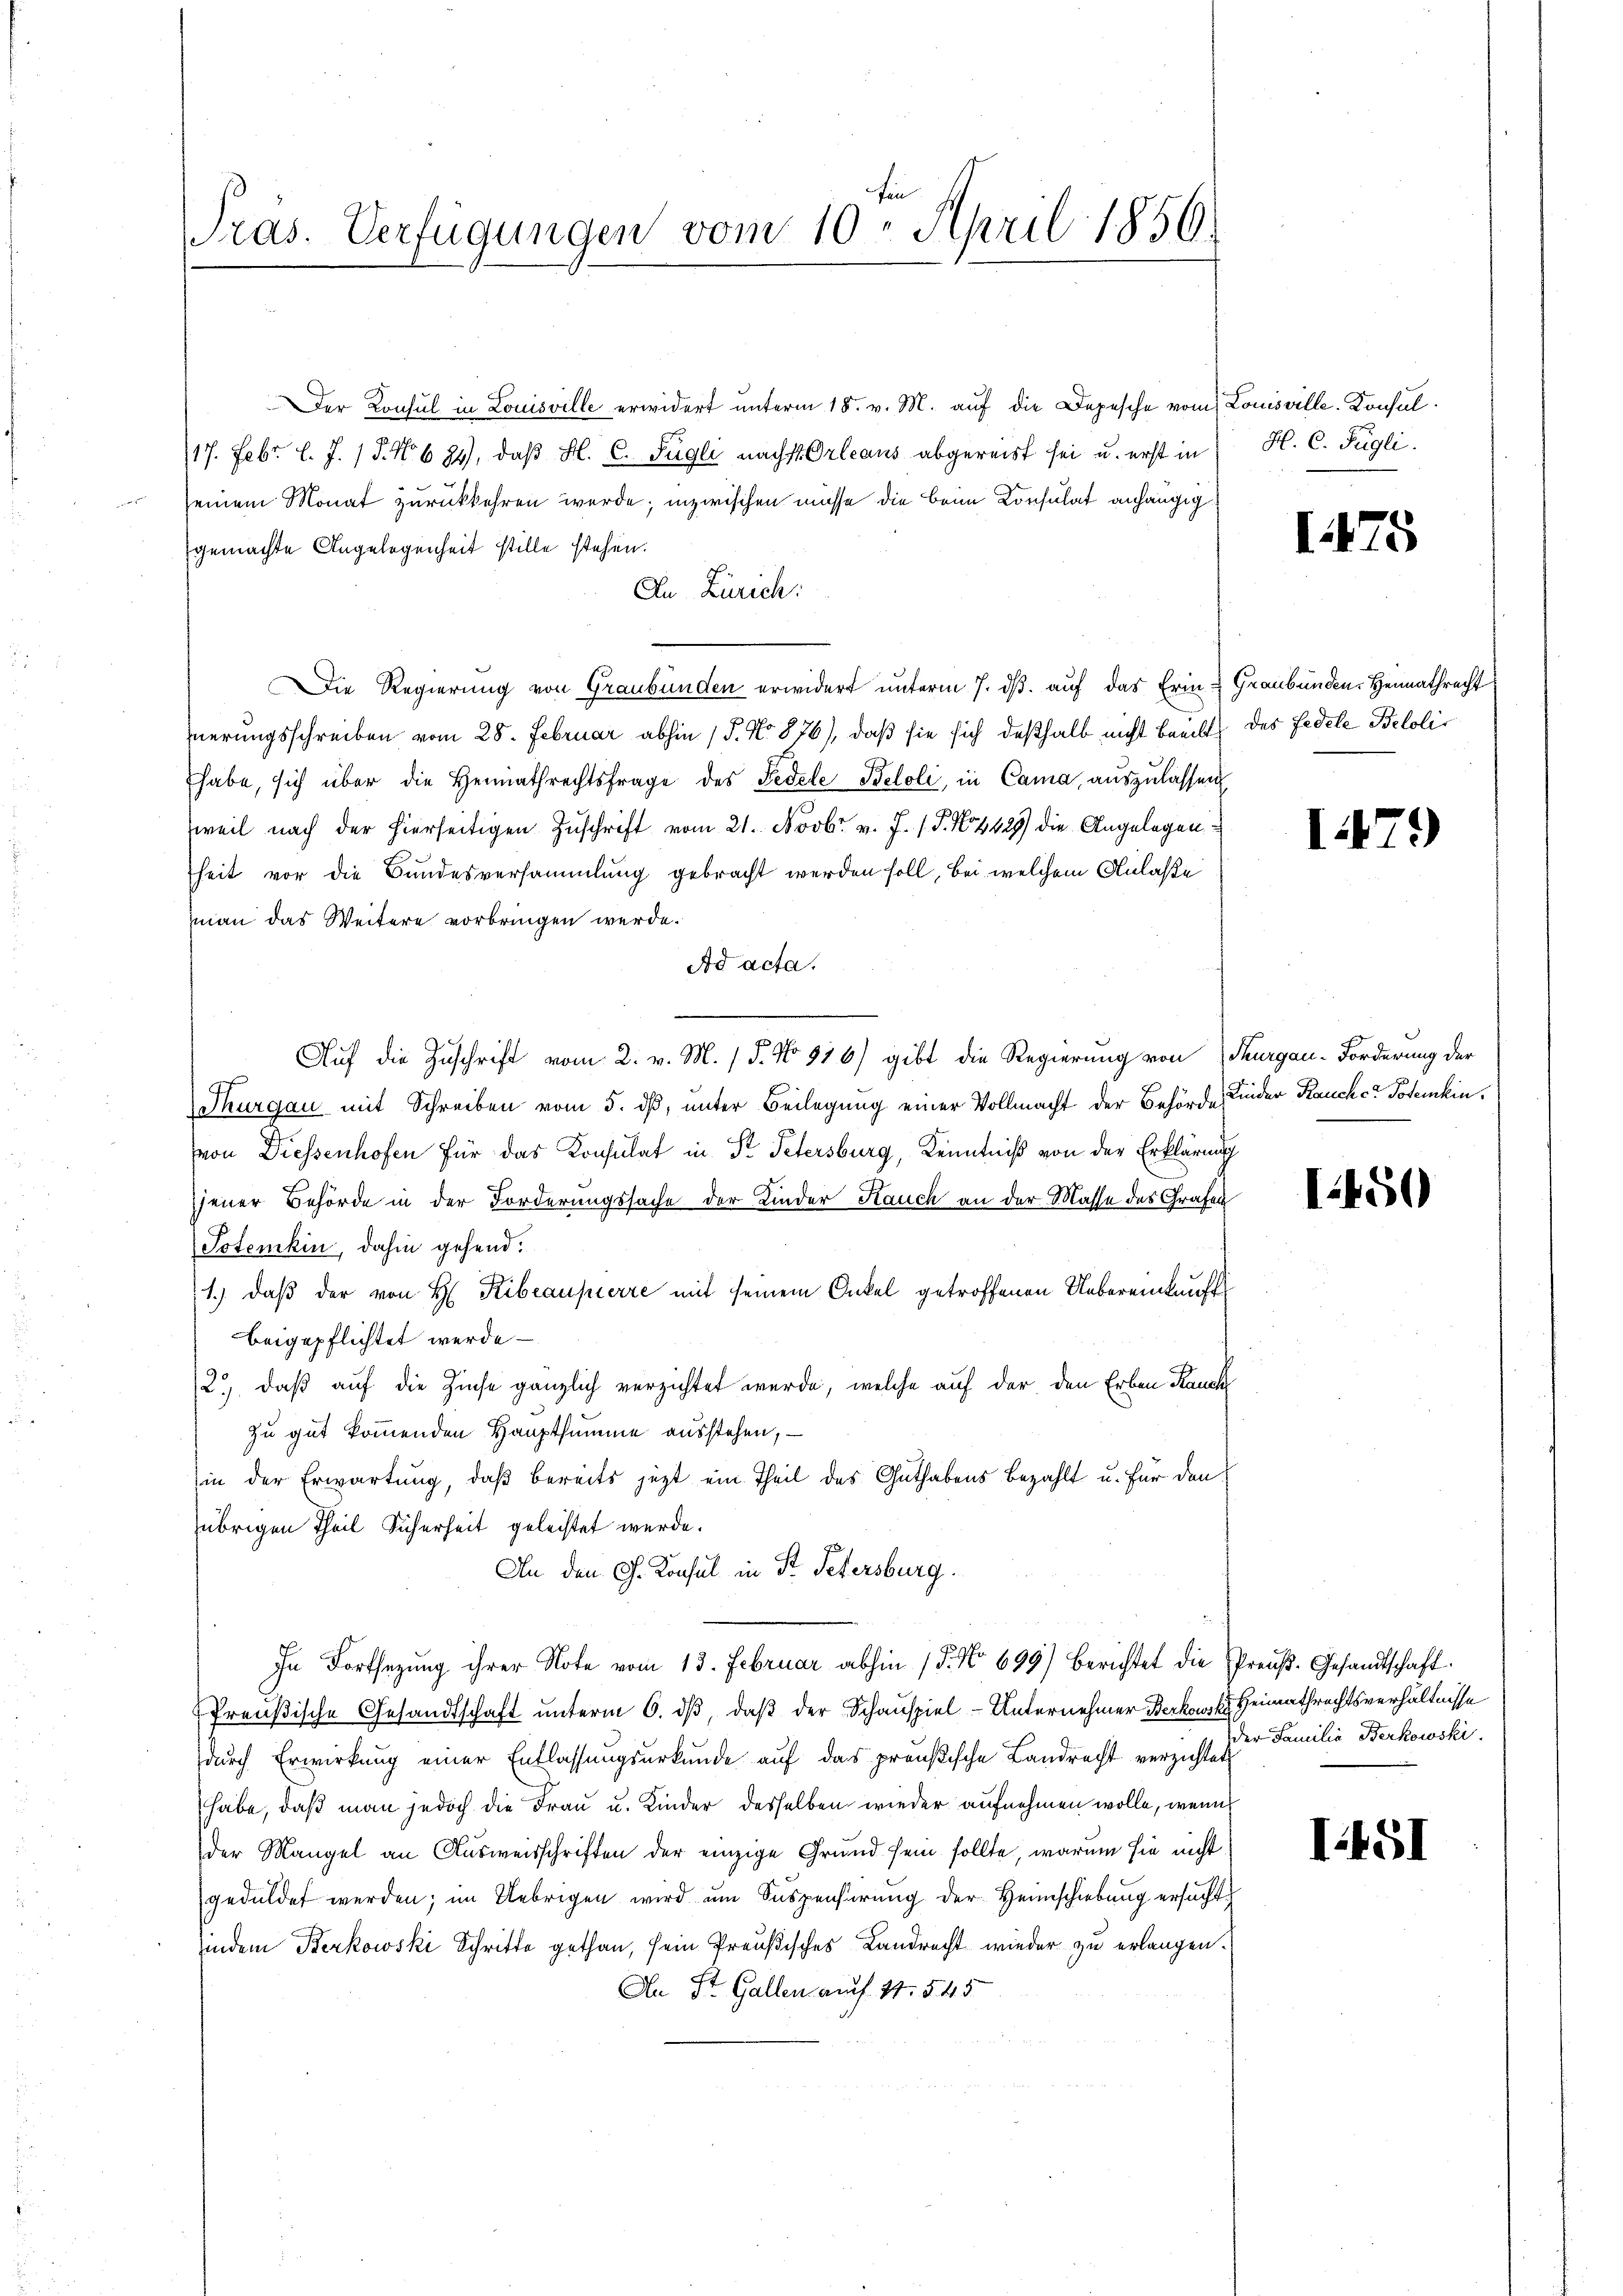
ras. Verfügungen vom 10. April 1856.

Der Konsul in Louisville erwidert unterm 18. v. M. auf die Depesche vom Louisville-Konsul¬
17. Febr. l. J. 17. No 694), daβ H. C. Fügli nachst Orleans abgereist sei u. erst in H. C. Fügli
seinem Monat zurückkehren werde; inzwischen müsse die beim Consulat anhängiggemachte Angelegenheit stille stehen.
An Zürich:
DDie Regierung von Graubünden erwidert unterm 7. ds. auf das Erin- Graubünden. Heimathrecht
uerungsschreiben vom 28. Februar abhin 15. No 876), daß sie sich deßhalb nicht beeilt des Fedele Belolihabe, sich über die Heimathrechtsfrage des Fedele Beloli, in Cama, aŭszŭlassen
weil nach der hierseitigen Zuschrift vom 21. Novbr. v. J. (T. 4429) die Angelegen
heit vor die Bundesversammlung gebracht werden soll, bei welchem Anlaße
man das Weitere vorbringen werde.
Ad acta.
Auf die Zuschrift vom 2. v. M. / 5. No 876) gibt die Regierung von Thurgau-Forderung der
Thurgau mit Schreiben vom 5. dß, unter Beilegung einer Vollmacht der Behörde Kinder Rauche Totenkin
von Diessenhofen für das Konsulat in Sr. Petersburg, Kenntniß von der Erklärung
jener Behörde in der Forderungssache der Kinder Hauch an der Masse des Grafen
Sotemkin, dahin gehend.
1.) daß der von H Kibeaupierre mit seinem Onkel getroffenen Uebereinkauft
beigepflichtet werde. —
2.) daß auf die Zinse gänzlich verzichtet werde, welche auf der den Erben Rauch
zu gut kommenden Hauptsumme ausstehen, –
in der Erwartung, daß bereits jezt ein Theil des Guthabens bezahlt u. für den
übrigen Theil Sicherheit geleistet wurde.
An den G. Konsul in Fr. Petersburg.
In Fortsetzung ihrer Note vom 13. Februar abhin 15. No 699) Berichtet die Preuß. Gesandtschaft
Preußische Gesandtschaft ŭnterm 6. dβ, daβ der Schauspiel-Unternehmer Berkowski Heimathrechtsverhältnisse
durch Erwirkung einer Entlassungsurkunde auf das preußische Landrecht verzichtet
habe, daß man jedoch die Frau u. Kinder desselben wieder aufnehmen wolle, wenn
der Mangel an Ausweisschriften der einzige Grund sein sollte, warum sie nicht
geduldet werden; im Uebrigen wird um Suspensierung der Heimschiebung ersucht
findem Berkowski Schritte gethan, sein Preußisches Landrecht wieder zu erlangen.
An St. Gallen auf 4. 545

1475

17.

1450

der Familie Berkowski.

I451